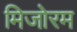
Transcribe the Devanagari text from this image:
मिजोरम